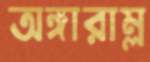
অঙ্গারাম্ল